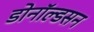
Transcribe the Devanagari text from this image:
डोनॉल्डसन